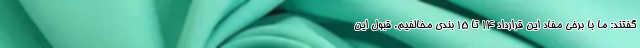
گفتند: ما با برخی مفاد این قرارداد ۱۴ تا ۱۵ بندی مخالفیم. قبول این